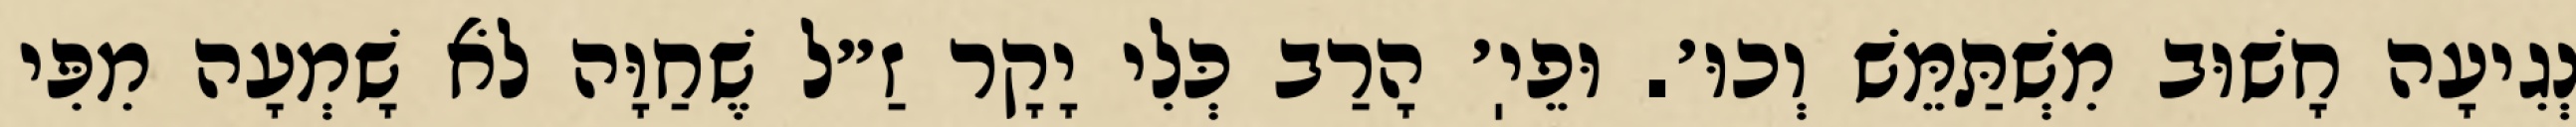
נְגִיעָה חָשׁוּב מִשְׁתַּמֵּשׁ וְכוּ׳. וּפֵיֽ׳ הָרַב כְּלִי יָקָר זַ״ל שֶׁחַוָּה לֹא שָׁמְעָה מִפִּי